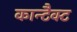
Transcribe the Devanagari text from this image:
कान्टैक्ट